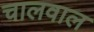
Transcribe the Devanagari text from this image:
चालवाल